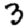
Digit: 3